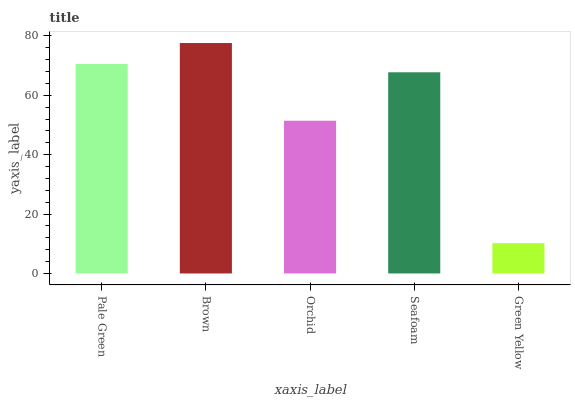
| xaxis_label | bars |
 | --- | --- |
 | Pale Green | 70.5 |
 | Brown | 77.6 |
 | Orchid | 51.4 |
 | Seafoam | 67.7 |
 | Green Yellow | 10.2 |